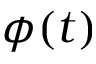
\phi ( t )